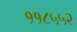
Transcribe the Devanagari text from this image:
११८५५२